Vaccination in Burma 1889-1999 - 1889-1999
Year: 1889
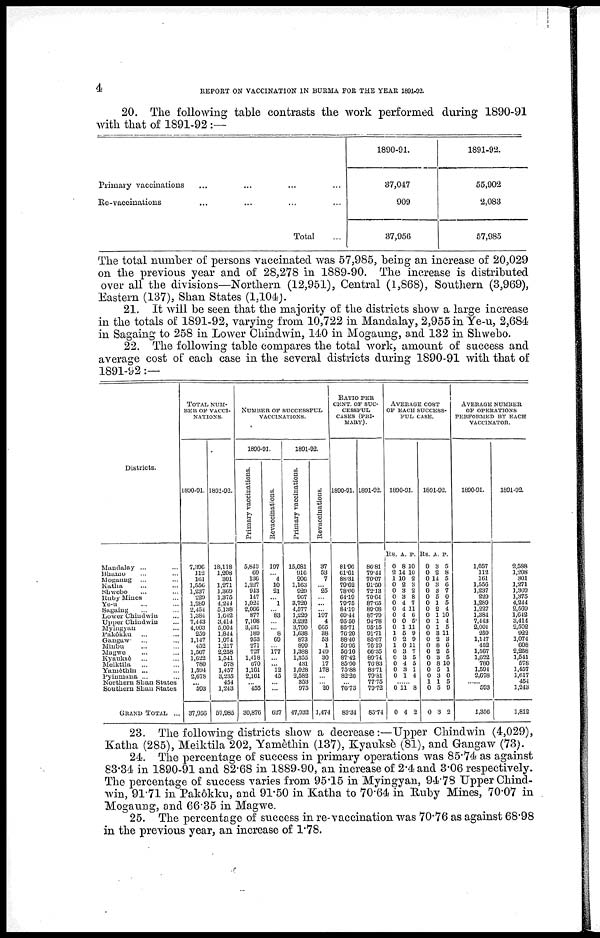
4
REPORT ON VACCINATION IN BURMA FOR THE YEAR 1891-92.
20. The following table contrasts the work performed during 1890-91
with that of 1891-92 :—
Primary vaccinations ... ... ... ...
Re-vaccinations ... ... ... ...
Total ...
1890-91.
37,047
909
37,956
1891-92.
55,902
2,083
57,985
The total number of persons vaccinated was 57,985, being an increase of 20,029
on the previous year and of 28,278 in 1889-90. The increase is distributed
over all the divisions—Northern (12,951), Central (1,868), Southern (3,969),
Eastern (137), Shan States (1,104).
21. It will be seen that the majority of the districts show a large increase
in the totals of 1891-92, varying from 10,722 in Mandalay, 2,955 in Ye-u, 2,684
in Sagaing to 258 in Lower Chindwin, 140 in Mogaung, and 132 in Shwebo.
22. The following table compares the total work, amount of success and
average cost of each case in the several districts during 1890-91 with that of
1891-92:—
Districts.
Mandalay ... ...
Bhamo ... ...
Mogaung ... ...
Katha ... ...
Shwebo ... ...
Ruby Mines ...
Ye-u ... ...
Sagaing ... ...
Lower Chindwin ...
Upper Chindwin ...
Myingyan ... ...
Pakôkku ... ...
Gangaw ... ...
Minbu ... ...
Mugwe ... ...
Kyauksè ... ...
Meiktila ... ...
Yamèthin ... ...
Pyinmana ... ...
Northern Shan States
Southern Shan States
GRAND TOTAL ...
TOTAL NUM-
BER OF VACCI-
NATIONS.
1890-91.
7,396
112
161
1,556
1,237
229
1,289
2,454
1,384
7,443
4,003
259
1,147
452
1,567
1,622
780
1,594
2,678
...
593
37,956
1891-92.
18,118
1,208
301
1,271
1,369
1,375
4,244
5,138
1,642
3,414
5,004
1,844
1,074
1,217
2,258
1,541
578
1,457
3,235
454
1,243
57,985
NUMBER OF SUCCESSFUL
VACCINATIONS.
1890-91.
Primary vaccinations.
5,843
69
136
1,227
943
147
1,024
2,066
877
7,108
3,431
189
953
271
727
1,418
670
1,161
2,161
...
455
30,876
Revaccinations.
197
...
4
10
21
...
1
...
83
...
...
8
69
...
177
...
...
12
45
...
...
627
1891-92.
Primary vaccinations.
15,681
916
206
1,163
929
967
3,720
4,577
1,229
3,232
3,790
1,638
873
899
1,388
1,355
431
1,028
2,582
353
975
47,932
Revaccinations.
37
53
7
...
25
...
...
...
197
4
665
38
53
1
149
30
17
178
...
...
20
1,474
RATIO PER
CENT. OF SUC-
CESSFUL
CASES (PRI-
MARY).
1890-91.
81.96
61.61
88.31
79.62
78.00
64.19
79.75
84.19
69.44
95.50
85.71
76.20
88.40
59.96
56.10
87.42
85.90
75.88
82.26
...
76.73
83.34
1891-92.
86.81
79.44
70.07
91.50
72.13
70.64
87.65
89.08
87.79
94.78
95.15
91.71
85.67
76.19
66.35
89.74
76.83
83.71
79.81
77.75
79.72
85.74
AVERAGE COST
OF EACH SUCCESS-
FUL CASE.
1890-91.
Rs.
0
2
1
0
0
0
0
0
0
0
0
1
0
1
0
0
0
0
0
A.
8
14
10
2
3
3
4
4
4
0
1
5
2
0
3
3
4
3
1
P.
10
10
2
3
2
8
7
11
6
5
11
9
9
11
7
5
5
1
4
...
0
0
11
4
8
2
1891-92.
Rs.
0
0
0
0
0
0
0
0
0
0
0
0
0
0
0
0
0
0
0
1
0
0
A.
3
2
14
3
3
5
1
2
1
1
1
3
2
8
2
3
8
5
3
1
5
3
P.
5
8
5
6
7
0
5
4
10
4
5
11
3
6
5
5
10
1
0
5
9
2
AVERAGE NUMBER
OF OPERATIONS
PERFORMED BY EACH
VACCINATOR.
1890-91.
1,057
112
161
1,556
1,237
229
1,289
1,227
1,384
7,443
2,001
259
1,147
452
1,567
1,622
780
1,594
2,678
......
593
1,356
1891-92.
2,588
1,208
301
1,271
1,369
1,375
4,244
2,569
1,642
3,414
2,502
922
1,074
608
2,258
1,541
578
1,457
1,617
454
1,243
1,812
23. The following districts show a decrease:—Upper Chindwin (4,029),
Katha (285), Meiktila 202, Yamèthin (137), Kyauksè (81), and Gangaw (73).
24. The percentage of success in primary operations was 85.74 as against
83.34 in 1890-91 and 82.68 in 1889-90, an increase of 2.4and 3.06 respectively.
The percentage of success varies from 95.15 in Myingyan, 94.78 Upper Chind-
win, 91.71 in Pakôkku, and 91.50 in Katha to 70.64 in Ruby Mines, 70.07 in
Mogaung, and 66.35 in Magwe.
25. The percentage of success in re-vaccination was 70.76 as against 68.98
in the previous year, an increase of 1.78.